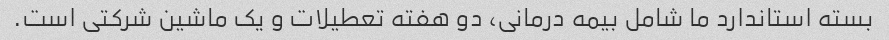
بسته استاندارد ما شامل بیمه درمانی، دو هفته تعطیلات و یک ماشین شرکتی است.